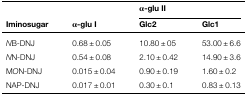
<table><thead><tr><td rowspan="2"><b>Iminosugar</b></td><td rowspan="2"><b>α-glu I</b></td><td colspan="2"><b>α-glu II</b></td></tr><tr><td><b>Glc2</b></td><td><b>Glc1</b></td></tr></thead><tbody><tr><td><i>N</i>B-DNJ</td><td>0.68 ± 0.05</td><td>10.80 ± 05</td><td>53.00 ± 6.6</td></tr><tr><td><i>N</i>N-DNJ</td><td>0.54 ± 0.08</td><td>2.10 ± 0.42</td><td>14.90 ± 3.6</td></tr><tr><td>M<i>O</i>N-DNJ</td><td>0.015 ± 0.04</td><td>0.90 ± 0.19</td><td>1.60 ± 0.2</td></tr><tr><td>NAP-DNJ</td><td>0.017 ± 0.01</td><td>0.30 ± 0.1</td><td>0.83 ± 0.13</td></tr></tbody></table>